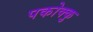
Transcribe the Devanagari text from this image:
पकोक्कु